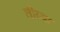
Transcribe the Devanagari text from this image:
तीय्या